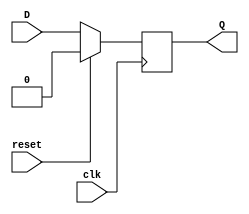
module Dflipflop (clk, reset, D, Q);
  input wire clk;
  input wire reset;
  input wire D;
  output Q;

  reg Q;

  always @(posedge clk) begin
    if (reset) begin
      Q <= 1'b0; // Reseta a sada para 0
    end else begin
      Q <= D; // Atribui o valor de entrada D  sada Q
    end
  end

endmodule